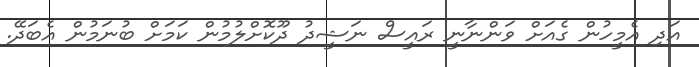
އަދި އެމީހުން ގެއަށް ވަންނާނީ ރައީސް ނަޝީދު ދޫކޮށްލުމުން ކަމަށް ބުނަމުން އެބަދޭ.